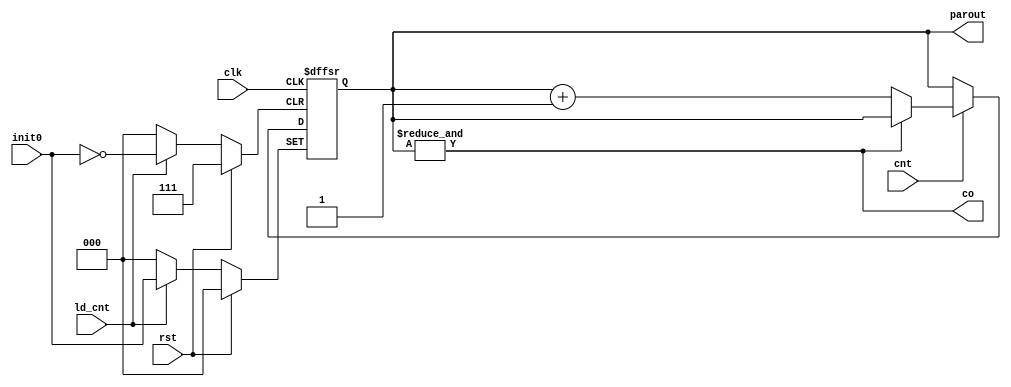
module mod3_counter(input  clk , rst , ld_cnt , cnt ,input[2:0] init0 , output co , output reg[2:0]parout);
    
    always @(posedge clk , posedge rst , posedge ld_cnt) begin
        if (rst)
            parout <= 3'b000;
        else begin
            if(ld_cnt)
                parout <= init0;
            else if(cnt) parout <= (~co) ? (parout+1) : parout;
        end
    end

    assign co = &parout;
endmodule